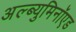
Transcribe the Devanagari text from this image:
अल्ब्युमिनॉएड